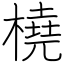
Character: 橈